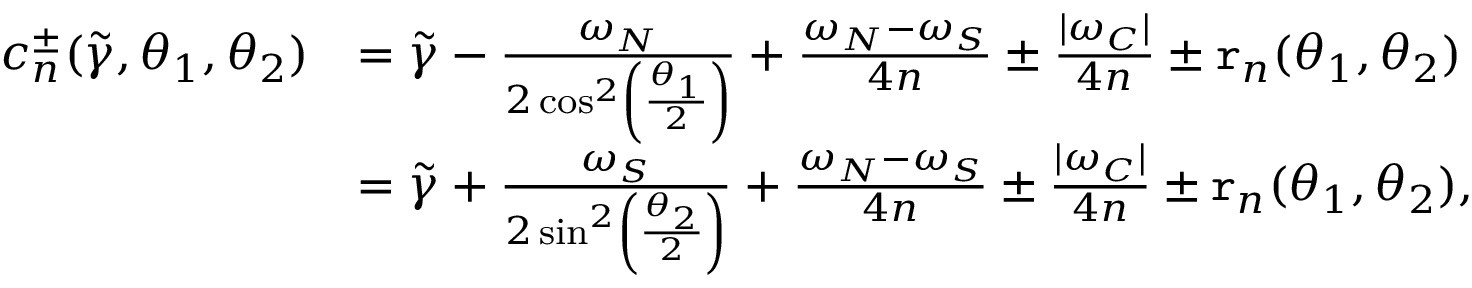
\begin{array} { r l } { c _ { n } ^ { \pm } ( \widetilde { \gamma } , \theta _ { 1 } , \theta _ { 2 } ) } & { = \widetilde { \gamma } - \frac { \omega _ { N } } { 2 \cos ^ { 2 } \left( \frac { \theta _ { 1 } } { 2 } \right) } + \frac { \omega _ { N } - \omega _ { S } } { 4 n } \pm \frac { | \omega _ { C } | } { 4 n } \pm \mathtt { r } _ { n } ( \theta _ { 1 } , \theta _ { 2 } ) } \\ & { = \widetilde { \gamma } + \frac { \omega _ { S } } { 2 \sin ^ { 2 } \left( \frac { \theta _ { 2 } } { 2 } \right) } + \frac { \omega _ { N } - \omega _ { S } } { 4 n } \pm \frac { | \omega _ { C } | } { 4 n } \pm \mathtt { r } _ { n } ( \theta _ { 1 } , \theta _ { 2 } ) , } \end{array}